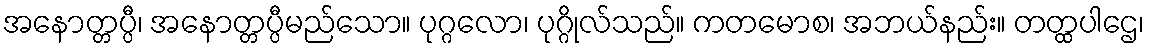
အနောတ္တပ္ပီ၊ အနောတ္တပ္ပီမည်သော။ ပုဂ္ဂလော၊ ပုဂ္ဂိုလ်သည်။ ကတမောစ၊ အဘယ်နည်း။ တတ္ထပါဌေ၊